system: You are a helpful assistant.
user:
Analyze the provided spectrum to determine if it is a **S-type Star**.

- **Key Indicators for S-type Star:**

    - **(Overall Spectrum Shape):** The first and most obvious characteristic is the overall continuum (the "baseline" shape). It is **extremely "red-sloping,"** meaning the flux (light intensity) is very low on the left side (blue, ~4000-4500 Å) and rises steeply and continuously toward the right side (red, ~7000 Å+).

    - **(Primary):** The spectrum is defined by the presence of strong, broad molecular absorption "valleys" (bands) from **Zirconium Oxide (ZrO)**. The identification of these bands is the **primary requirement** for classifying a star as S-type.
        - **(Key Bandheads):** You must find distinct, deep "dips" where the light has been absorbed. The most critical band systems to locate are:
            - **~6474 Å** ($\gamma$-system): This is often the strongest and clearest ZrO feature, found in the red part of the spectrum.
            - **~5718 Å** & **~5551 Å** ($\beta$-system): A pair of prominent absorption features in the yellow-orange part of the spectrum.
            - **~4640 Å** ($\alpha$-system): A key absorption band system in the blue-green region of the spectrum.

    - **(Secondary Confirmation):** The classification is strengthened by finding additional absorption bands from other related heavy element oxides, which are expected to be present alongside ZrO.
        - **(Key Bandheads):**
            - **Yttrium Oxide (YO):** Look for absorption dips near **~4800 Å** and **~6100 Å**.
            - **Lanthanum Oxide (LaO):** Additional absorption features, particularly in the red-orange part of the spectrum, are also characteristic.

    - **(Line Profile):** The combination of the steep red continuum and these numerous, deep molecular bands (ZrO, YO, etc.) gives the entire spectrum a very **"chopped-up"** or **"bumpy"** appearance. Instead of a smooth curve, the spectrum looks as though large, wide chunks of light have been "carved out" of it at the specific wavelengths listed above.

Think first, call **spectral_visualization_tool** if needed to examine features in detail, then provide your final answer. Your response must adhere to the following strict rules:
1.  **Overall Structure:** Your response must follow the format `<think>...</think> <tool_call>...</tool_call> (if a tool is used) <answer>...</answer>`.
2.  **Tool Usage Constraint:** You may only make **one** tool call per turn.
3.  **Final Answer Format:** In the `<answer>` tag, your conclusion must be inside a `\boxed{}` command (e.g., `\boxed{YES}` or `\boxed{NO}`), followed by your justification.

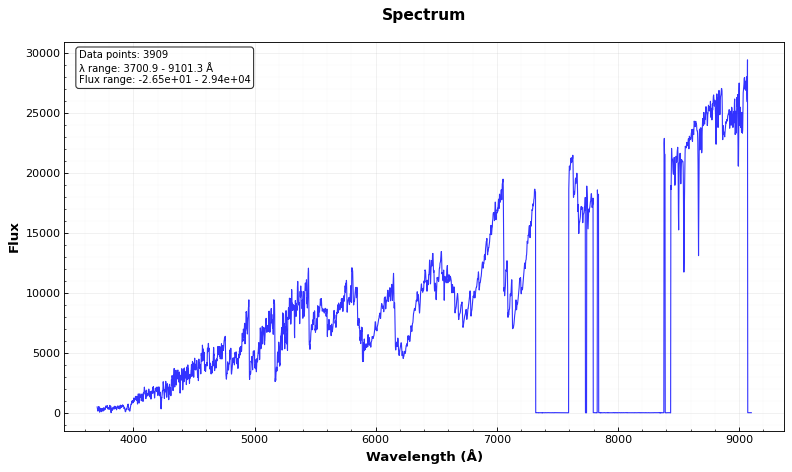
Answer: YES